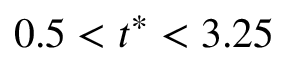
0 . 5 < t ^ { * } < 3 . 2 5